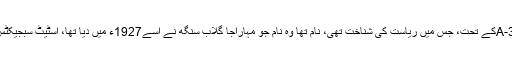
دفعہ35-Aکے تحت، جس میں ریاست کی شناخت تھی، نام تھا وہ نام جو مہاراجا گلاب سنگھ نے اسے1927ء میں دیا تھا، اسٹیٹ سبجیکٹس تھے۔